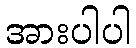
အားပါပါ